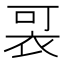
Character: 𧙑